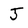
Character: J